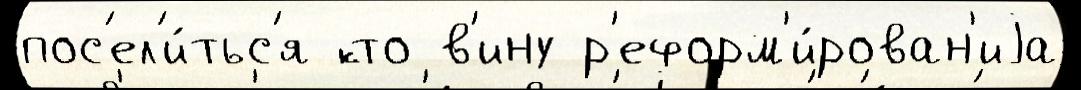
пос'ел'и́тьс'я кто в'ину р'еформ'и́рован'иjа